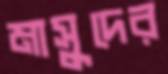
মাসুদের